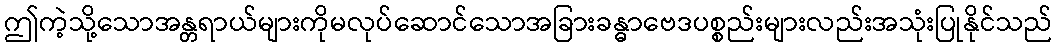
ဤကဲ့သို့သောအန္တရာယ်များကိုမလုပ်ဆောင်သောအခြားခန္ဓာဗေဒပစ္စည်းများလည်းအသုံးပြုနိုင်သည်